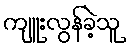
ကျူးလွန်ခဲ့သူ